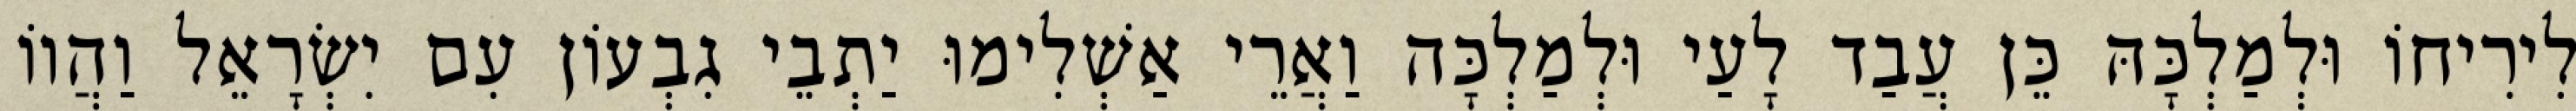
לִירִיחוֹ וּלְמַלְכָּהּ כֵּן עֲבַד לָעַי וּלְמַלְכָּה וַאֲרֵי אַשְׁלִימוּ יַתְבֵי גִבְעוֹן עִם יִשְׂרָאֵל וַהֲווֹ